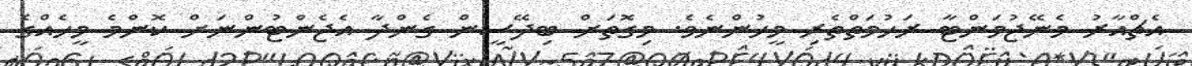
އެޗްއާރު މެނޭޖުމަންޓާ ރަހުމަތްތެރި މީހުންނެވެ. މިގޮތަށް ބިދޭސީން ގެންދާ އެޖެންޓުންނަށް ކޮންމެ މީހެއްގެ